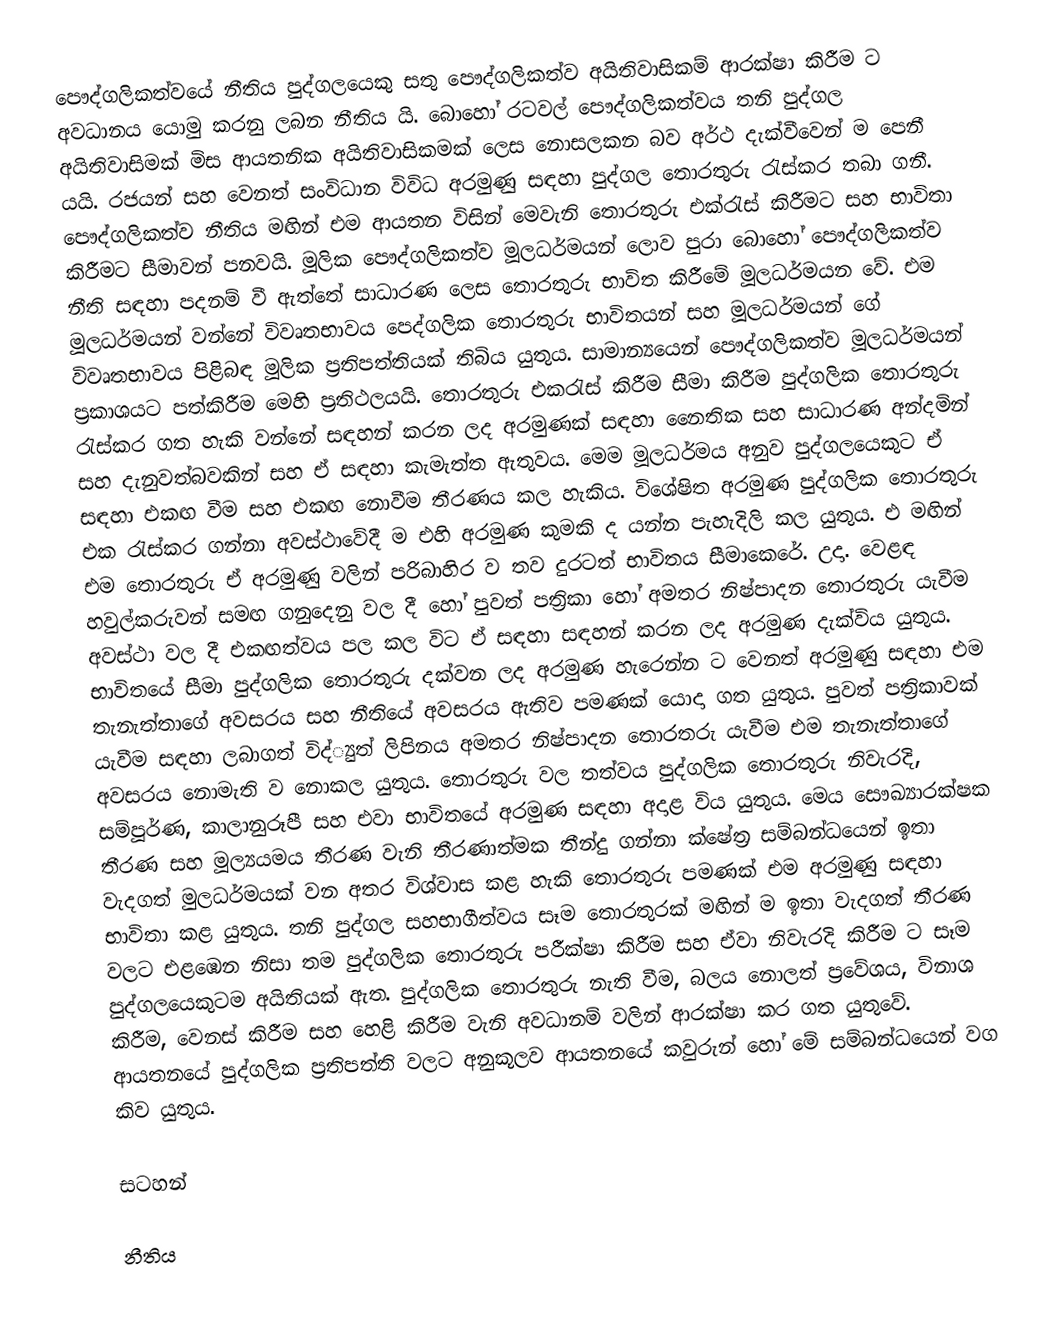
පෞද්ගලිකත්වයේ නීතිය පුද්ගලයෙකු සතු පෞද්ගලිකත්ව අයිතිවාසිකම් ආරක්ෂා කිරීම ට අවධානය යොමු කරනු ලබන නීතිය යි. බොහෝ රටවල් පෞද්ගලිකත්වය තනි පුද්ගල අයිතිවාසිමක් මිස ආයතනික අයිතිවාසිකමක් ලෙස නොසලකන බව අර්ථ දැක්වීවෙන් ම පෙනී යයි. රජයන් සහ වෙනත් සංවිධාන විවිධ අරමුණු සඳහා පුද්ගල තොරතුරු රැස්කර තබා ගනී. පෞද්ගලිකත්ව නීතිය මඟින් එම ආයතන විසින් මෙවැනි තොරතුරු එක්රැස් කිරීමට සහ භාවිතා කිරීමට සීමාවන් පනවයි. මූලික පෞද්ගලිකත්ව මූලධර්මයන් ලොව පුරා බොහෝ පෞද්ගලිකත්ව නීති සඳහා පදනම් වී ඇත්තේ සාධාරණ ලෙස තොරතුරු භාවිත කිරීමේ මූලධර්මයන වේ. එම මූලධර්මයන් වන්නේ විවෘතභාවය පෙද්ගලික තොරතුරු භාවිතයන් සහ මූලධර්මයන් ගේ විවෘතභාවය පිළිබඳ මූලික ප්‍රතිපත්තියක් තිබිය යුතුය. සාමාන්‍යයෙන් පෞද්ගලිකත්ව මූලධර්මයන් ප්‍රකාශයට පත්කිරීම මෙහි ප්‍රතිථලයයි. තොරතුරු එකරැස් කිරීම සීමා කිරීම පුද්ගලික තොරතුරු රැස්කර ගත හැකි වන්නේ සඳහන් කරන ලද අරමුණක් සඳහා නෛතික සහ සාධාරණ අන්දමින් සහ දැනුවත්බවකින් සහ ඒ සඳහා කැමැත්ත ඇතුවය. මෙම මූලධර්මය අනුව පුද්ගලයෙකුට ඒ සඳහා එකඟ වීම සහ එකඟ නොවීම තීරණය කල හැකිය. විශේෂිත අරමුණ පුද්ගලික තොරතුරු එක රැස්කර ගන්නා අවස්ථාවේදී ම එහි අරමුණ කුමකි ද යන්න පැහැදිලි කල යුතුය. එ මඟින් එම තොරතුරු ඒ අරමුණු වලින් පරිබාහිර ව තව දුරටත් භාවිතය සීමාකෙරේ. උදා. වෙළඳ හවුල්කරුවන් සමඟ ගනුදෙනු වල දී හෝ පුවත් පත්‍රිකා හෝ අමතර නිෂ්පාදන තොරතුරු යැවීම අවස්ථා වල දී එකඟත්වය පල කල විට ඒ සඳහා සඳහන් කරන ලද අරමුණ දැක්විය යුතුය. භාවිතයේ සීමා පුද්ගලික තොරතුරු දක්වන ලද අරමුණ හැරෙන්න ට වෙනත් අරමුණු සඳහා එම තැනැත්තාගේ අවසරය සහ නීතියේ අවසරය ඇතිව පමණක් යොදා ගත යුතුය. පුවත් පත්‍රිකාවක් යැවීම සඳහා ලබාගත් විද්්‍යුත් ලිපිනය අමතර නිෂ්පාදන තොරතරු යැවීම එම තැනැත්තාගේ අවසරය නොමැති ව නොකල යුතුය. තොරතුරු වල තත්වය පුද්ගලික තොරතුරු නිවැරදි, සම්පූර්ණ, කාලානුරූපී සහ එවා භාවිතයේ අරමුණ සඳහා අදාළ විය යුතුය. මෙය සෞඛ්‍යාරක්ෂක තීරණ සහ මූල්‍යයමය තීරණ වැනි තීරණාත්මක තීන්දු ගන්නා ක්ෂේත්‍ර සම්බන්ධයෙන් ඉතා වැදගත් මුලධර්මයක් වන අතර විශ්වාස කළ හැකි තොරතුරු පමණක් එම අරමුණු සඳහා භාවිතා කළ යුතුය. තනි පුද්ගල සහභාගීත්වය සෑම තොරතුරක් මඟින් ම ඉතා වැදගත් තීරණ වලට එළඹෙන නිසා තම පුද්ගලික තොරතුරු පරීක්ෂා කිරීම සහ ඒවා නිවැරදි කිරීම ට සෑම පුද්ගලයෙකුටම අයිතියක් ඇත.  පුද්ගලික තොරතුරු නැති වීම, බලය නොලත් ප්‍රවේශය, විනාශ කිරීම, වෙනස් කිරීම සහ හෙළි කිරීම වැනි අවධානම් වලින් ආරක්ෂා කර ගත යුතුවේ.  ආයතනයේ පුද්ගලික ප්‍රතිපත්ති වලට අනුකූලව ආයතනයේ කවුරුන් හෝ මේ සම්බන්ධයෙන් වග කිව යුතුය.

සටහන්

නීතිය